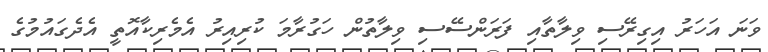
ވަނަ އަހަރު އިގިރޭސި ވިލާތާއި ފަރަންސޭސި ވިލާތުން ހަގުރާމަ ކުރިއިރު އެމެރިކާއޮތީ އެދެގައުމުގެ